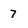
Character: 7